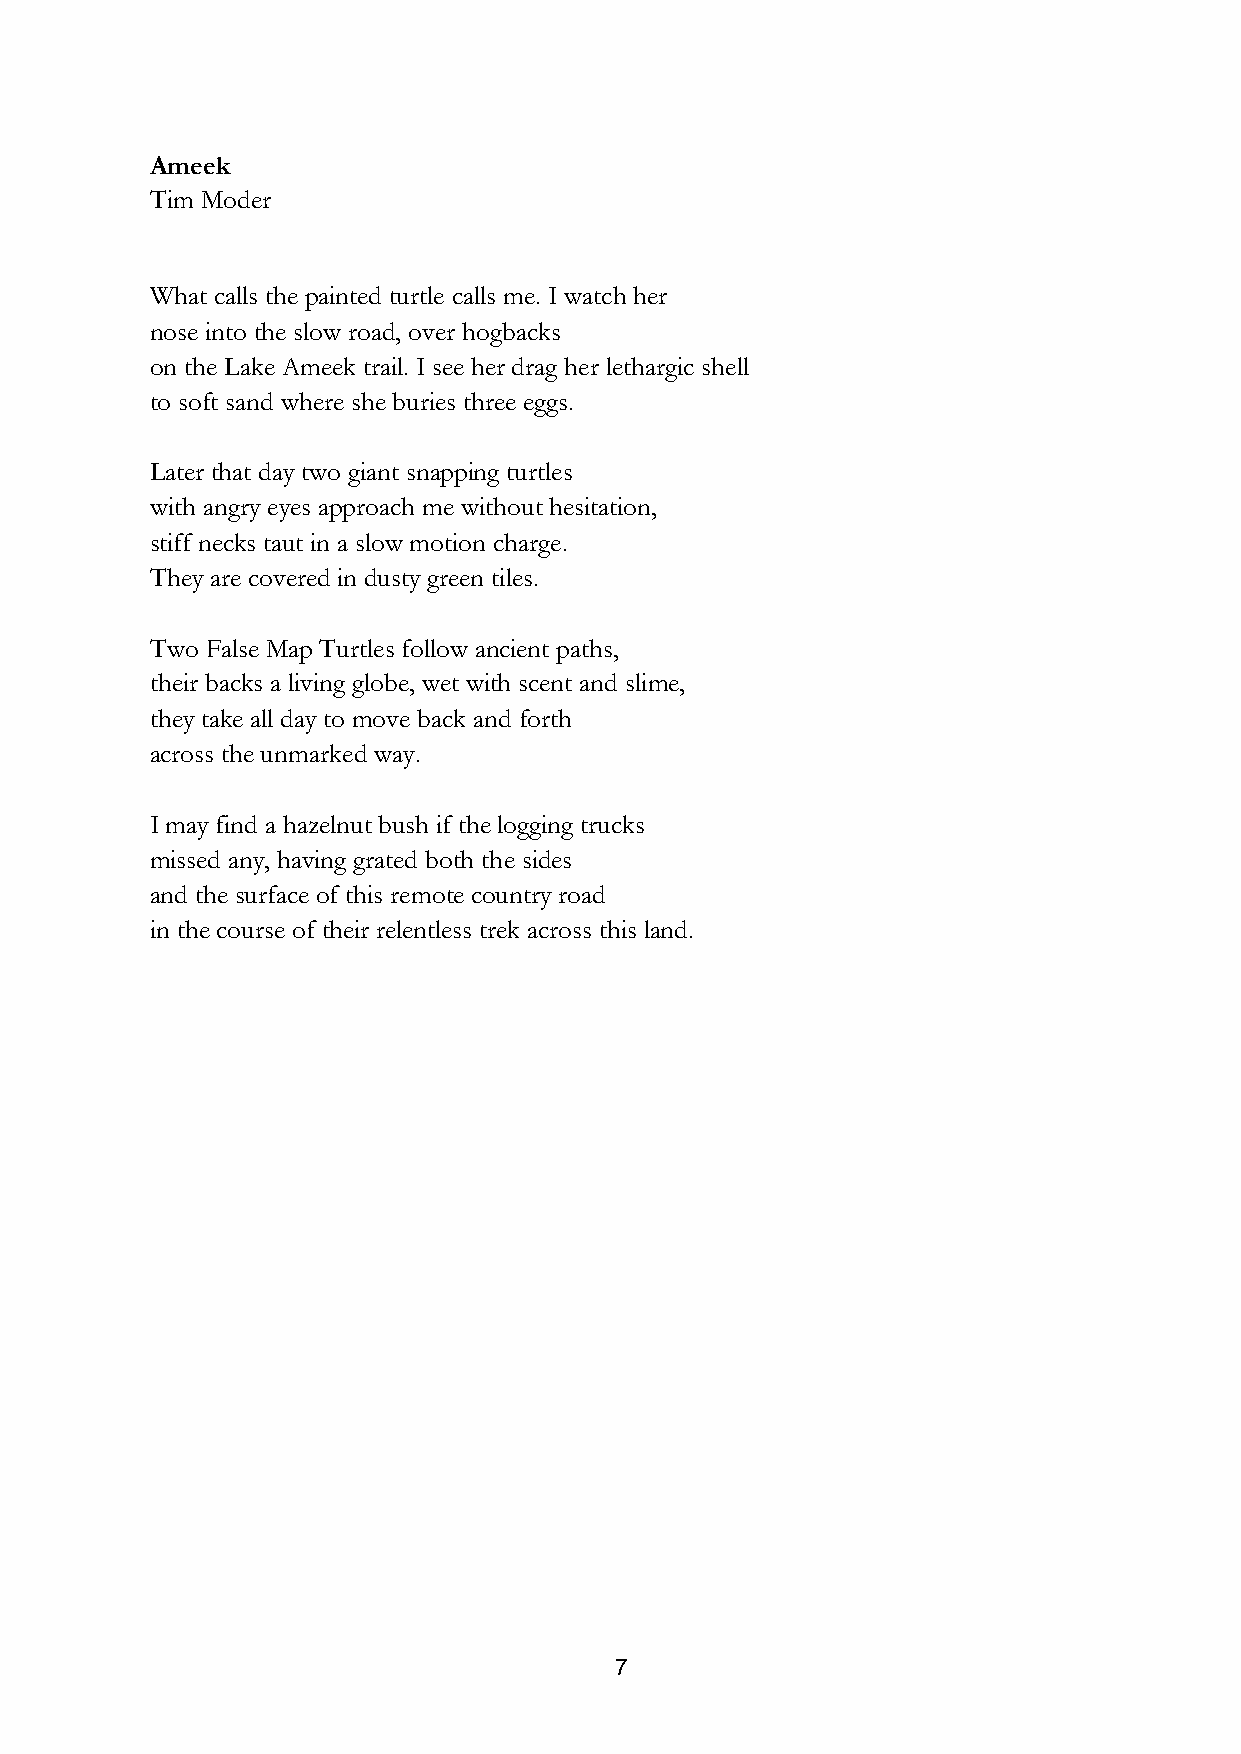
Ameek
 Tim Moder
 What calls the painted turtle calls me. I watch her
 nose into the slow road, over hogbacks
 on the Lake Ameek trail. I see her drag her lethargic shell
 to soft sand where she buries three eggs.
 Later that day two giant snapping turtles
 with angry eyes approach me without hesitation,
 stiff necks taut in a slow motion charge.
 They are covered in dusty green tiles.
 Two False Map Turtles follow ancient paths,
 their backs a living globe, wet with scent and slime,
 they take all day to move back and forth
 across the unmarked way.
 I may find a hazelnut bush if the logging trucks
 missed any, having grated both the sides
 and the surface of this remote country road
 in the course of their relentless trek across this land.
 7